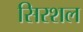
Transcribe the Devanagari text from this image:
सिरशल